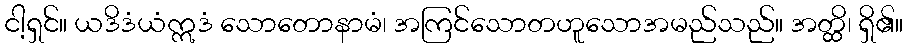
ငါ့ရှင်။ ယဒိဒံယံဣဒံ သောတောနာမံ၊ အကြင်သောတဟူသောအမည်သည်။ အတ္ထိ၊ ရှိ၏။